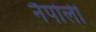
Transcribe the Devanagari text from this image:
नैपोली